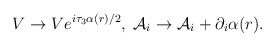
\begin{align*}V\rightarrow Ve^{i\tau_3\alpha (r)/2},\;{\mathcal{A}}_i\rightarrow {\mathcal{A}}_i +\partial_i\alpha (r).\end{align*}